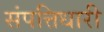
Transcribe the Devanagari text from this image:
संपत्तिधारी